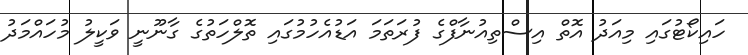
ހައިކޯޓުގައި މިއަދު އޮތް އިސްތިއުނާފްގެ ފުރަތަމަ އަޑުއެހުމުގައި ތޮލްހަތުގެ ގާނޫނީ ވަކީލު މުހައްމަދު